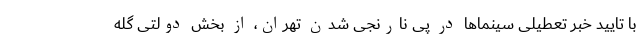
با تایید خبر تعطیلی سینماها در پی نارنجی شدن تهران، از بخش دولتی گله